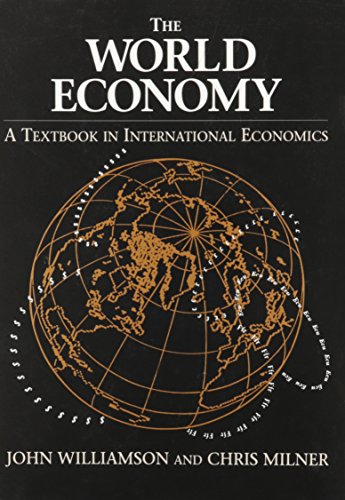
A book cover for World Economy: A Textbook in International Economics; Joel Williamson; Business & Money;